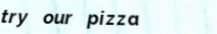
try our pizza